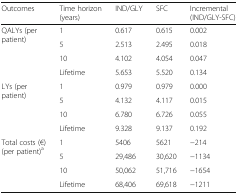
<table><thead><tr><td><b>Outcomes</b></td><td><b>Time horizon (years)</b></td><td><b>IND/GLY</b></td><td><b>SFC</b></td><td><b>Incremental (IND/GLY-SFC)</b></td></tr></thead><tbody><tr><td rowspan="4">QALYs (per patient)</td><td>1</td><td>0.617</td><td>0.615</td><td>0.002</td></tr><tr><td>5</td><td>2.513</td><td>2.495</td><td>0.018</td></tr><tr><td>10</td><td>4.102</td><td>4.054</td><td>0.047</td></tr><tr><td>Lifetime</td><td>5.653</td><td>5.520</td><td>0.134</td></tr><tr><td rowspan="4">LYs (per patient)</td><td>1</td><td>0.979</td><td>0.979</td><td>0.000</td></tr><tr><td>5</td><td>4.132</td><td>4.117</td><td>0.015</td></tr><tr><td>10</td><td>6.780</td><td>6.726</td><td>0.055</td></tr><tr><td>Lifetime</td><td>9.328</td><td>9.137</td><td>0.192</td></tr><tr><td rowspan="4">Total costs (€)(per patient)<sup>a</sup></td><td>1</td><td>5406</td><td>5621</td><td>−214</td></tr><tr><td>5</td><td>29,486</td><td>30,620</td><td>−1134</td></tr><tr><td>10</td><td>50,062</td><td>51,716</td><td>−1654</td></tr><tr><td>Lifetime</td><td>68,406</td><td>69,618</td><td>−1211</td></tr></tbody></table>